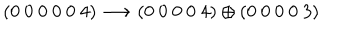
LaTeX: ( 0 ~ 0 ~ 0 ~ 0 ~ 0 ~ 4 ) \longrightarrow ( 0 ~ 0 ~ 0 ~ 0 ~ 4 ) \oplus ( 0 ~ 0 ~ 0 ~ 0 ~ 3 )